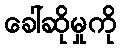
ခေါ်ဆိုမှုကို